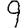
Digit: 9